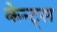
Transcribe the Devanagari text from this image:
केन्ट्स